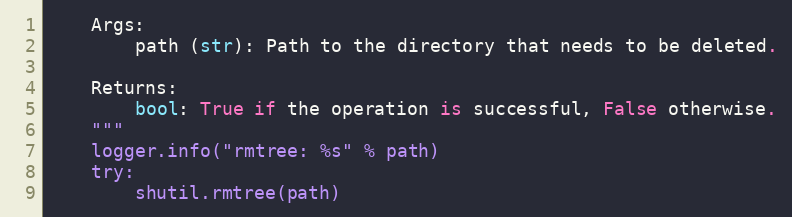
Language: Python
    Args:
        path (str): Path to the directory that needs to be deleted.

    Returns:
        bool: True if the operation is successful, False otherwise.
    """
    logger.info("rmtree: %s" % path)
    try:
        shutil.rmtree(path)